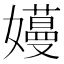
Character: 𫲏